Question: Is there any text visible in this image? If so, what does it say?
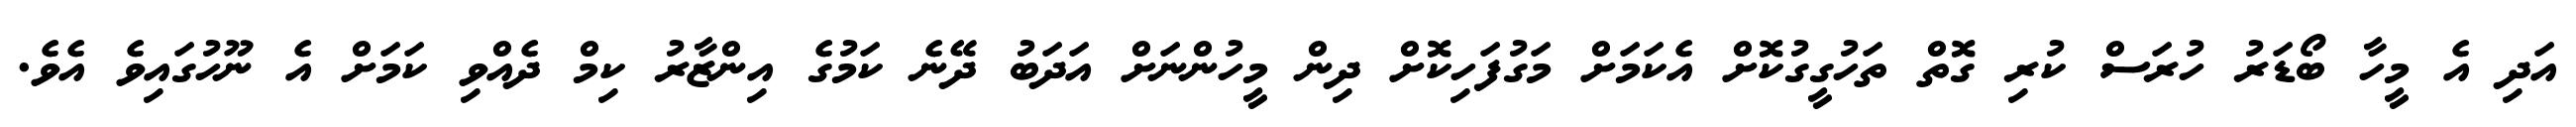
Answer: އަދި އެ މީހާ ބޯޑަރު ހުރަސް ކުރި ގޮތް ތަހުގީގުކޮށް އެކަމަށް މަގުފަހިކޮށް ދިން މީހުންނަށް އަދަބު ދޭނެ ކަމުގެ އިންޒާރު ކިމް ދެއްވި ކަމަށް އެ ނޫހުގައިވެ އެވެ.